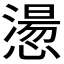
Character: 𢡂